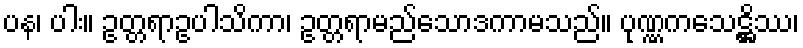
ပန၊ ပါး။ ဥတ္တရာဥပါသိကာ၊ ဥတ္တရာမည်သောဒကာမသည်။ ပုဏ္ဏကသေဋ္ဌိဿ၊